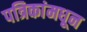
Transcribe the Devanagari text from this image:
पत्रिकांमधून